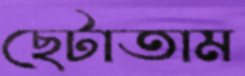
ছেটাতাম